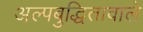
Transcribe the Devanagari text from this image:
अल्पबुद्धितावाले